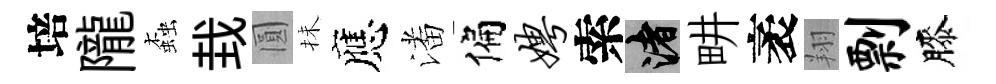
培隴螙㘽圓抺應潘偏娉索渚畊袤翔剽膝